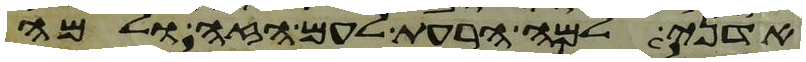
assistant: אדני למה הרעת לעם הזה ולמה